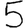
Digit: 5